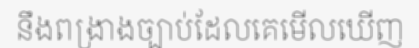
នឹងពង្រាងច្បាប់ដែលគេមើលឃើញ